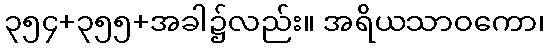
၃၅၄+၃၅၅+အခါ၌လည်း။ အရိယသာဝကော၊